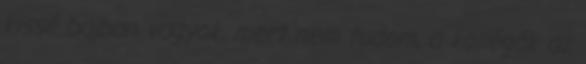
kissé bajban vagyok, mert nem tudom, a kollégák az